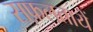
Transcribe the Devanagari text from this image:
सफ़लतायें